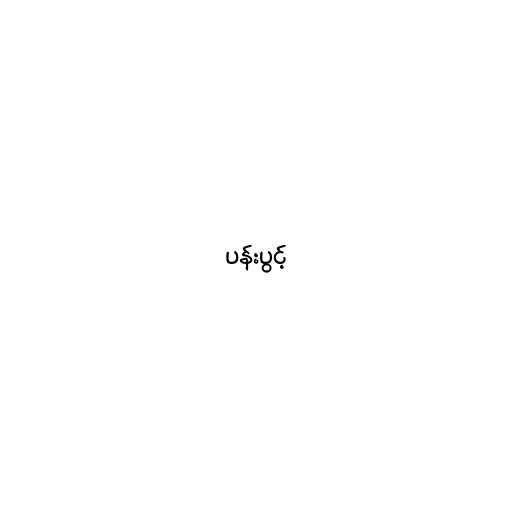
ပန်းပွင့်